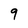
Character: 9